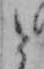
と